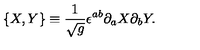
\{ X , Y \} \equiv \frac { 1 } { \sqrt { g } } \epsilon ^ { a b } \partial _ { a } X \partial _ { b } Y .